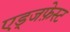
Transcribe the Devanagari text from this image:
एड्जफ़ेस्ट